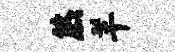
煞羊